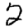
Digit: 2